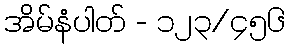
အိမ်နံပါတ် - ၁၂၃/၄၅၆